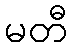
မတီ